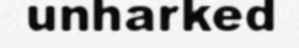
unharked